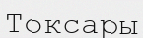
Токсары